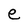
Character: e